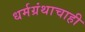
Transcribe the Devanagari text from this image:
धर्मग्रंथाचाही